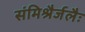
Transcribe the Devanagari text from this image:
संमिश्रैर्जलैः